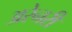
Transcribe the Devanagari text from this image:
अरेनरी